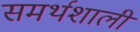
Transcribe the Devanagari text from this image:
समर्थशाली